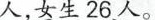
人，女生26人。